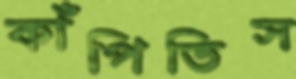
কাঁপিতিস